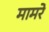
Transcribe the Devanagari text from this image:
मामरे